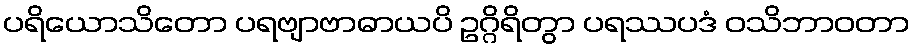
ပရိယောသိတော ပရဗျာဗာဓာယပိ ဥဂ္ဂိရိတွာ ပရဿပဒံ ဝသိဘာဝတာ